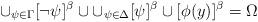
LaTeX: \begin{align*}\cup_{\psi\in \Gamma} [\neg \psi]^{\beta}\cup \cup_{\psi\in \Delta} [\psi]^{\beta} \cup [\phi(y)]^{\beta}=\Omega \end{align*}